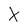
Character: X